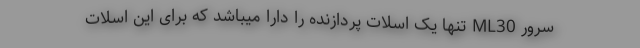
سرور ML30 تنها یک اسلات پردازنده را دارا میباشد که برای این اسلات